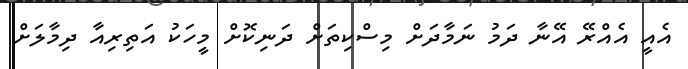
އެއީ އެއްރޭ އޭނާ ދަމު ނަމާދަށް މިސްކިތަށް ދަނިކޮށް މީހަކު އަތިރިއާ ދިމާލަށް